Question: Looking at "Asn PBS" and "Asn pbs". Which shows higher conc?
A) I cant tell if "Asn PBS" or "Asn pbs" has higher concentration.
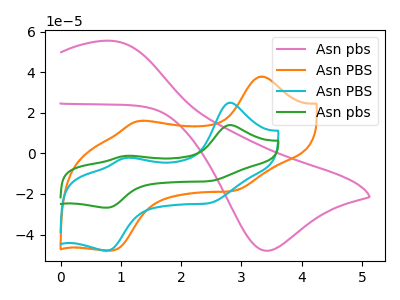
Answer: <think>The pink curve "Asn pbs" has an anodic peak at (0.85V, 55.50uA) and a cathodic peak at (3.40V, -48.00uA). The orange curve "Asn PBS" has anodic peaks at (3.30V, 37.85uA) (1.30V, 15.95uA) and cathodic peaks at (2.90V, -18.35uA) (0.85V, -47.85uA). The cyan curve "Asn PBS" has anodic peaks at (2.80V, 25.00uA) (1.10V, -2.20uA) and cathodic peaks at (2.50V, -24.35uA) (0.75V, -48.00uA). The green curve "Asn pbs" has anodic peaks at (2.80V, 13.95uA) (1.10V, -1.25uA) and cathodic peaks at (2.50V, -13.60uA) (0.75V, -26.80uA).
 All the peaks in "Asn PBS" have a peak in "Asn pbs" at the same potential.</think>
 <answer>A) I cant tell if "Asn PBS" or "Asn pbs" has higher concentration.</answer>
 <eval>A</eval>